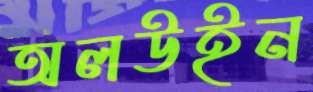
অলউইন